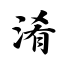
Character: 淆